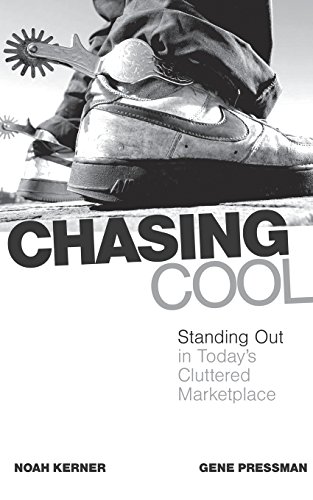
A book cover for Chasing Cool: Standing Out in Today's Cluttered Marketplace; Noah Kerner; Business & Money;